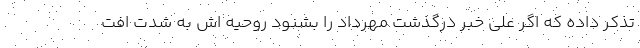
تذکر داده که اگر علی خبر درگذشت مهرداد را بشنود روحیه اش به شدت افت